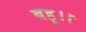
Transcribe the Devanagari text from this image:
बहू।।